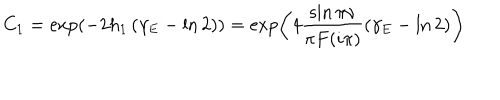
C _ { 1 } = \exp \left( - 2 h _ { 1 } \left( \gamma _ { E } - \ln 2 \right) \right) = \exp \left( 4 \frac { \sin \pi \nu } { \pi F ( i \pi ) } \left( \gamma _ { E } - \ln 2 \right) \right)